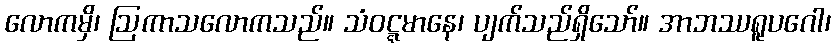
လောကမှိ၊ ဩကာသလောကသည်။ သံဝဋ္ဋမာနေ၊ ပျက်သည်ရှိသော်။ အာဘဿရူပဂေါ၊